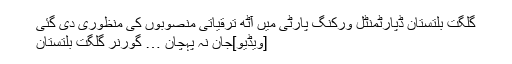
گلگت بلتستان ڈپارٹمنٹل ورکنگ پارٹی میں آٹھ ترقیاتی منصوبوں کی منظوری دی گئی
[ویڈیو]جان نہ پہچان … گورنر گلگت بلتستان